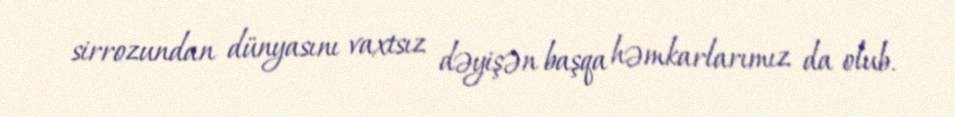
sirrozundan dünyasını vaxtsız dəyişən başqa həmkarlarımız da olub.